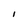
Character: 1